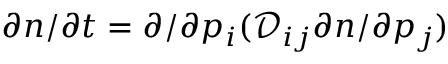
\partial n / \partial t = \partial / \partial p _ { i } ( \mathcal { D } _ { i j } \partial n / \partial p _ { j } )